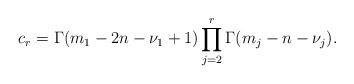
LaTeX: \begin{align*} c_{r} = \Gamma(m_1-2n-\nu_1+1) \prod_{j=2}^r \Gamma(m_j-n-\nu_j).\end{align*}